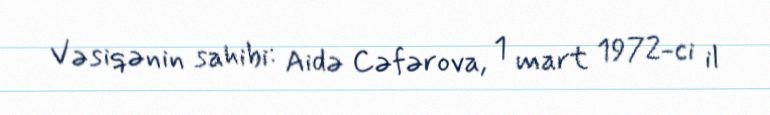
Vəsiqənin sahibi: Aidə Cəfərova, 1 mart 1972-ci il